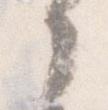
之